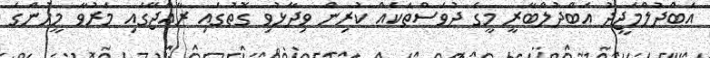
އަބްދުލްމަޖީދު އަބްދުލްބާރީ މީގެ ދުވަސްތަކެއް ކުރިން ވިދާޅުވި ގޮތުގައި ރާއްޖޭގައި މަރުވާ މީހުންގެ